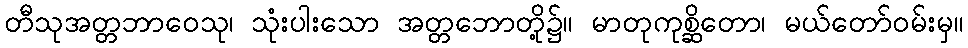
တီသုအတ္တဘာဝေသု၊ သုံးပါးသော အတ္တဘောတို့၌။ မာတုကုစ္ဆိတော၊ မယ်တော်ဝမ်းမှ။